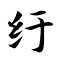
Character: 纡